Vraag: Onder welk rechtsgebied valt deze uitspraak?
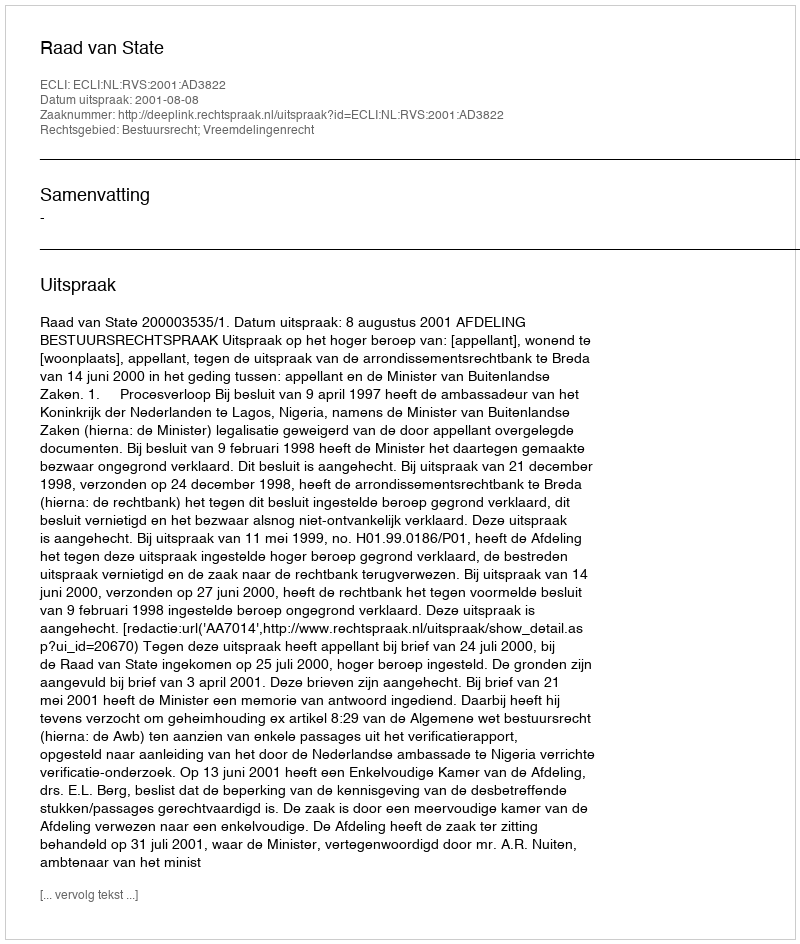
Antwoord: Bestuursrecht; Vreemdelingenrecht